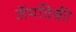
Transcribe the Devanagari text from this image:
जॅमविकी